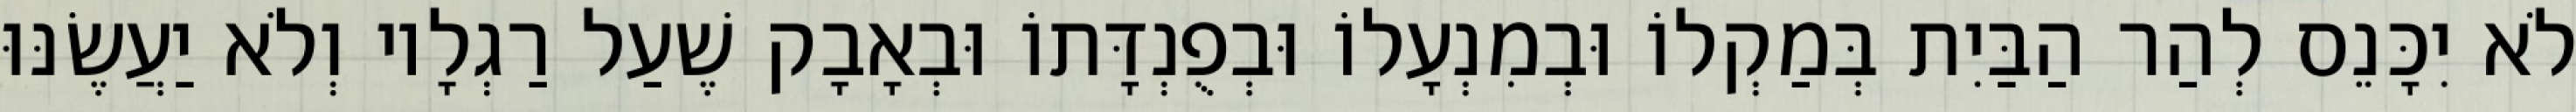
לֹא יִכָּנֵס לְהַר הַבַּיִת בְּמַקְלוֹ וּבְמִנְעָלוֹ וּבְפֻנְדָּתוֹ וּבְאָבָק שֶׁעַל רַגְלָיו וְלֹא יַעֲשֶׂנּוּ